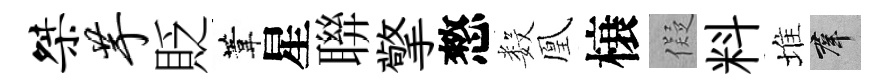
桀芋貶葦星聨擎憗数凰榱儗料堆群